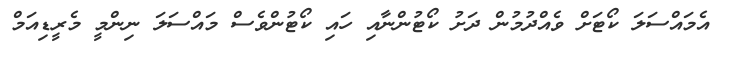
އެމައްސަލަ ކޯޓަށް ވެއްދުމުން ދަށު ކޯޓުންނާއި ހައި ކޯޓުންވެސް މައްސަލަ ނިންމީ މެރީޑިއަމް